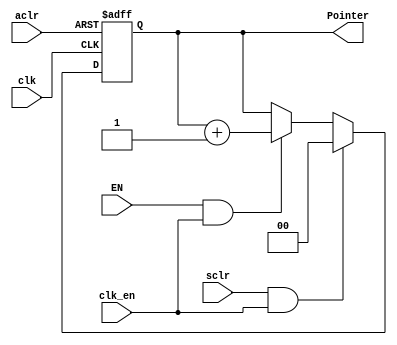
module Pointer
    #(  parameter BufferWidth = 2)
    (clk, clk_en, aclr, sclr, EN, Pointer);
    input clk, clk_en, aclr, sclr;
    input EN;

    output reg [BufferWidth-1:0] Pointer;

    always@(posedge clk, posedge aclr)begin
	 
        if(aclr) begin
            Pointer = 0;
        end
        else if (sclr && clk_en) begin
            Pointer <= 0;
        end
        else if(EN && clk_en) begin
	        Pointer <= Pointer + 1'b1;
        end
        else begin
           Pointer <= Pointer; 
        end
    end
endmodule